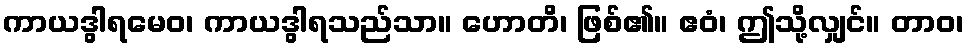
ကာယဒွါရမေဝ၊ ကာယဒွါရသည်သာ။ ဟောတိ၊ ဖြစ်၏။ ဧဝံ၊ ဤသို့လျှင်။ တာဝ၊